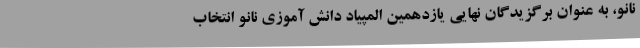
نانو، به عنوان برگزیدگان نهایی یازدهمین المپیاد دانش آموزی نانو انتخاب